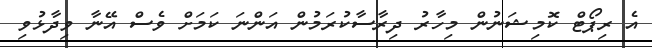
އެ ރިޕޯޓް ކޮމިޝަނުން މިހާރު ދިރާސާކުރަމުން އަންނަ ކަމަށް ވެސް އޭނާ ވިދާޅުވި